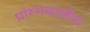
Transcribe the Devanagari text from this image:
प्रांरभकाळीच